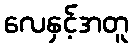
လေနှင့်အတူ